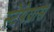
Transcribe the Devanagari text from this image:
स्टेपेग्रास